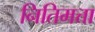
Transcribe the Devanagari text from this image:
नितिमत्ता